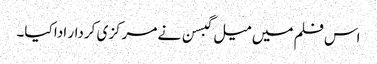
اس فلم میں میل گبسن نے مرکزی کردار ادا کیا۔